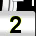
Digit: 2